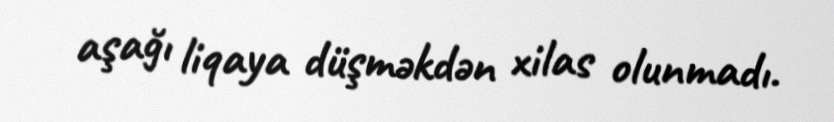
aşağı liqaya düşməkdən xilas olunmadı.